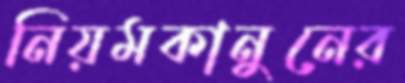
নিয়মকানুনের